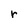
Character: r